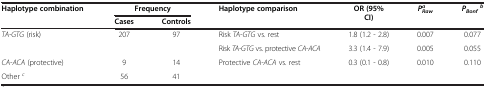
| Haplotype combination | <COLSPAN=2> Frequency | Haplotype comparison | OR (95% CI) | PRawa | PBonfb |
 |  | Cases | Controls |  |  |  |  |
 | --- | --- | --- | --- | --- | --- | --- |
 | TA-GTG (risk) | 207 | 97 | Risk TA-GTG vs. rest | 1.8 (1.2 - 2.8) | 0.007 | 0.077 |
 |  |  |  | Risk TA-GTG vs. protective CA-ACA | 3.3 (1.4 - 7.9) | 0.005 | 0.055 |
 | CA-ACA (protective) | 9 | 14 | Protective CA-ACA vs. rest | 0.3 (0.1 - 0.8) | 0.010 | 0.110 |
 | Other c | 56 | 41 |  |  |  |  |